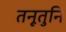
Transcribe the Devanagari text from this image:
तनूतुनि